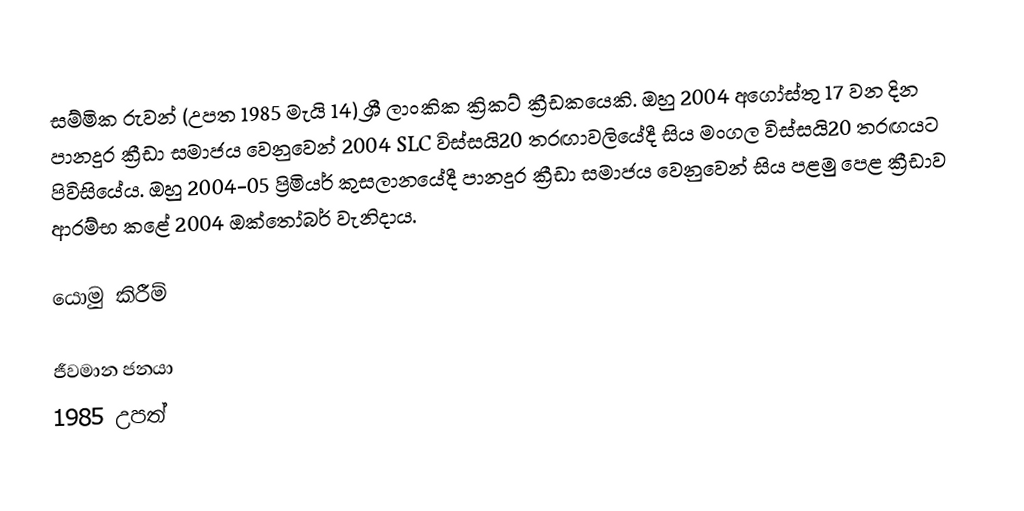
සම්මික රුවන් (උපත 1985 මැයි 14) ශ්‍රී ලාංකික ක්‍රිකට් ක්‍රීඩකයෙකි. ඔහු 2004 අගෝස්තු 17 වන දින පානදුර ක්‍රීඩා සමාජය වෙනුවෙන් 2004 SLC විස්සයි20 තරඟාවලියේදී සිය මංගල විස්සයි20 තරඟයට පිවිසියේය. ඔහු 2004-05 ප්‍රිමියර් කුසලානයේදී පානදුර ක්‍රීඩා සමාජය වෙනුවෙන් සිය පළමු පෙළ ක්‍රීඩාව ආරම්භ කළේ 2004 ඔක්තෝබර් වැනිදාය.

යොමු කිරීම්

ජීවමාන ජනයා
1985 උපත්